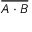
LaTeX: \overline { { A \cdot B } }